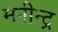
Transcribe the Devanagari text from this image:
मनीन्द्र